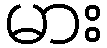
မား